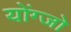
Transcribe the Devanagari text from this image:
योंग्जो